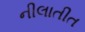
નીલાતીત